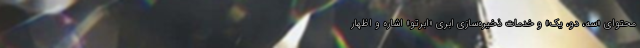
محتوای «سه، دو، یک» و خدمات ذخیره‌سازی ابری «ابرتو» اشاره و اظهار